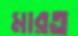
মারত